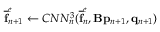
\mathbf { \overline { { f } } } _ { n + 1 } ^ { e } \leftarrow C N N _ { n } ^ { 3 } ( \mathbf { \overline { { f } } } _ { n } ^ { e } , \mathbf { B } \mathbf { p } _ { n + 1 } , \mathbf { q } _ { n + 1 } )